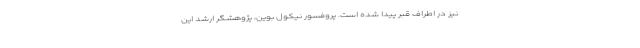
نیز در اطراف قبر پیدا شده است. پروفسور نیکول بوین، پژوهشگر ارشد این